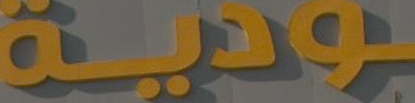
ونية